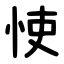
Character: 㤦